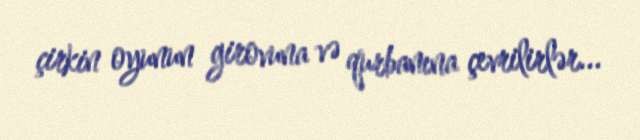
çirkin oyunun girovuna və qurbanına çevrilirlər...